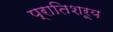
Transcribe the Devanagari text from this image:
प्रातिशरूय